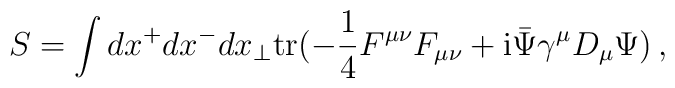
S=\int dx^+ dx^- dx_\perp \mbox{tr}(-\frac{1}{4}F^{\mu\nu}F_{\mu\nu}+{\rm i}{\bar\Psi}\gamma^\mu D_\mu\Psi)\,,